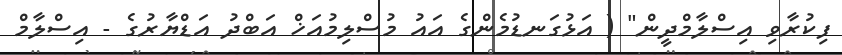
ފިކުރާވި އިސްލާމްދީން" ( އަޅުގަނޑުމެންގެ އައު މުސްލިމުއަޚް އަބްދު އަޑްޔާރުގެ - އިސްލާމް